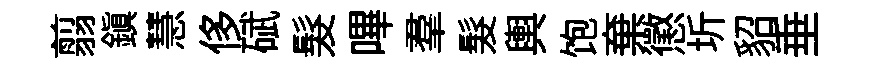
翦鎭慧侈碔髮嗶羣髮輿饱棄懲圻貂垂